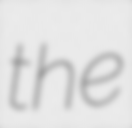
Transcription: the